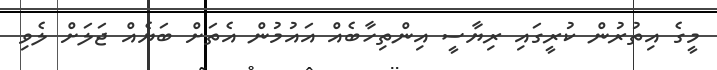
މީގެ އިތުރުން ކުރީގައި ރިޔާސީ އިންތިހާބެއް އައުމުން އެތަށް ބަޔެއް ޖަލަށް ލެވި